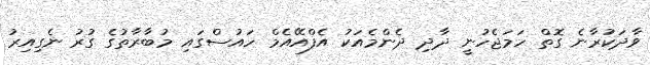
ވާދަކުރާނެ ގޮތް ހަމަޖެހުނީ ދާދި ދެންމެއަކު އެފްއޭއެމް ހައުސްގައި މުބާރާތުގެ ގުރު ނެގިއިރު